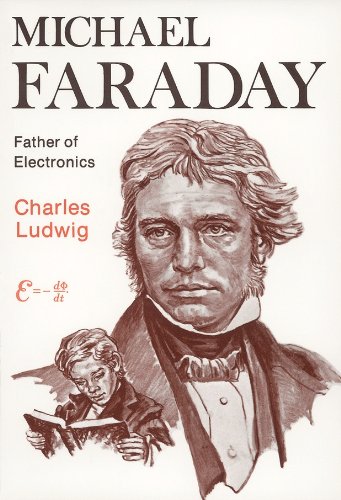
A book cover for Michael Faraday: Father of Electronics; Charles S. Ludwig Jr.; Teen & Young Adult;